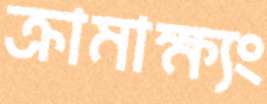
ক্রামাক্ষ্যং